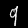
Digit: 9